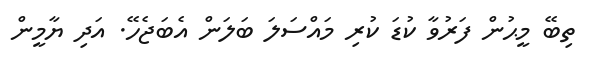
ތިބޭ މީޙުން ފަރުވާ ކުޑަ ކުރި މައްސަލަ ބަލަން އެބަޖެހޭ. އަދި ޔާމީން